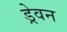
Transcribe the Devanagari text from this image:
ड्रेवन